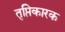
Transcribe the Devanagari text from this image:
तृप्तिकारक